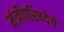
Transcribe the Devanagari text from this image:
मंत्रीपरिषदेचे